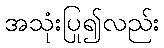
အသုံးပြု၍လည်း